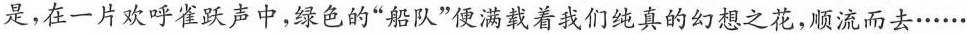
是，在一片欢呼雀跃声中，绿色的“船队”便满载着我们纯真的幻想之花，顺流而去……